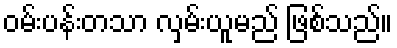
ဝမ်းပန်းတသာ လှမ်းယူမည် ဖြစ်သည်။